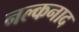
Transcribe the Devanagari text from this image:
नल्कनाद